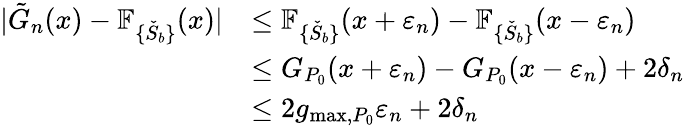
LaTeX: \begin{array}{rl}{|\tilde{G}_{n}(x)-\mathbb{F}_{\{ \check{S}_{b}\} }(x)|}&{\leq\mathbb{F}_{\{ \check{S}_{b}\} }(x+\varepsilon_{n})-\mathbb{F}_{\{ \check{S}_{b}\} }(x-\varepsilon_{n})}\\ &{\leq G_{P_{0}}(x+\varepsilon_{n})-G_{P_{0}}(x-\varepsilon_{n})+2\delta_{n}}\\ &{\leq 2g_{\operatorname*{max},P_{0}}\varepsilon_{n}+2\delta_{n}}\end{array}